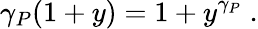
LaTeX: \gamma_{P}(1+y)=1+y^{\gamma_{P}}\; .